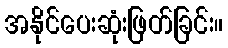
အနိုင်ပေးဆုံးဖြတ်ခြင်း။